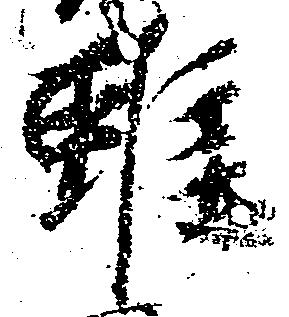
雖